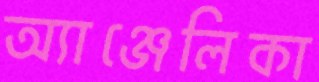
অ্যাঞ্জেলিকা